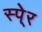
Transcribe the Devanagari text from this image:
स्पे्र